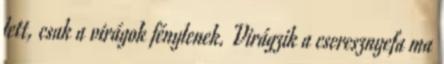
lett, csak a virágok fénylenek. Virágzik a cseresznyefa ma